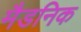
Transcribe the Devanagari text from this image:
मैडनिक